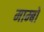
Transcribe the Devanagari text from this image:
माम्बो